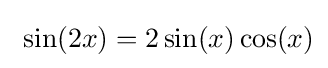
\ \sin(2x)=2\sin(x)\cos(x)